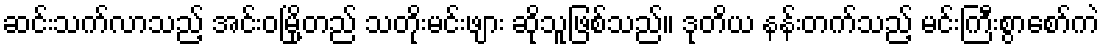
ဆင်းသက်လာသည့် အင်းဝမြို့တည် သတိုးမင်းဖျား ဆိုသူဖြစ်သည်။ ဒုတိယ နန်းတက်သည့် မင်းကြီးစွာစော်ကဲ